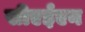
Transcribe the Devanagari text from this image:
सीएईएन